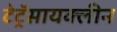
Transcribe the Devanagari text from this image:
टेट्रॅसायक्लीन